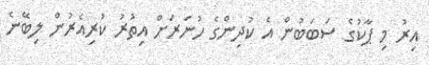
އިރު މި ޕާކުގެ ސަބަބުން އެ ކުދިންގެ ހުނަރަށް އިތުރު ކުރިއެރުން ލިބޭނެ